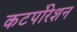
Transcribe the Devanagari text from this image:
कटर्पोरेशन